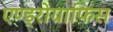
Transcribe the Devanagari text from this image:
एण्ड्रोग्राफिस